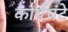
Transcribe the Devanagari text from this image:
कार्यघंटे